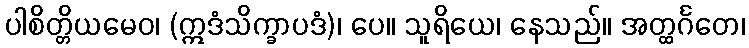
ပါစိတ္တိယမေဝ၊ (ဣဒံသိက္ခာပဒံ)၊ ပေ။ သူရိယေ၊ နေသည်။ အတ္ထင်္ဂတေ၊